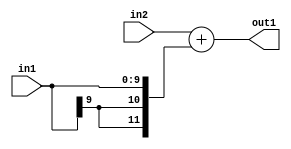
`timescale 1ps / 1ps
/*****************************************************************************
    Verilog RTL Description
    
    
    Created by: Stratus DpOpt 2019.1.01 
*******************************************************************************/

module SobelFilter_Add_12Sx10S_12S_4 (
	in2,
	in1,
	out1
	); /* architecture "behavioural" */ 
input [11:0] in2;
input [9:0] in1;
output [11:0] out1;
wire [11:0] asc001;

assign asc001 = 
	+(in2)
	+({{2{in1[9]}}, in1});

assign out1 = asc001;
endmodule

/* CADENCE  ubHwTAg= : u9/ySgnWtBlWxVPRXgAZ4Og= ** DO NOT EDIT THIS LINE ******/